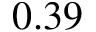
0 . 3 9